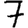
Digit: 7